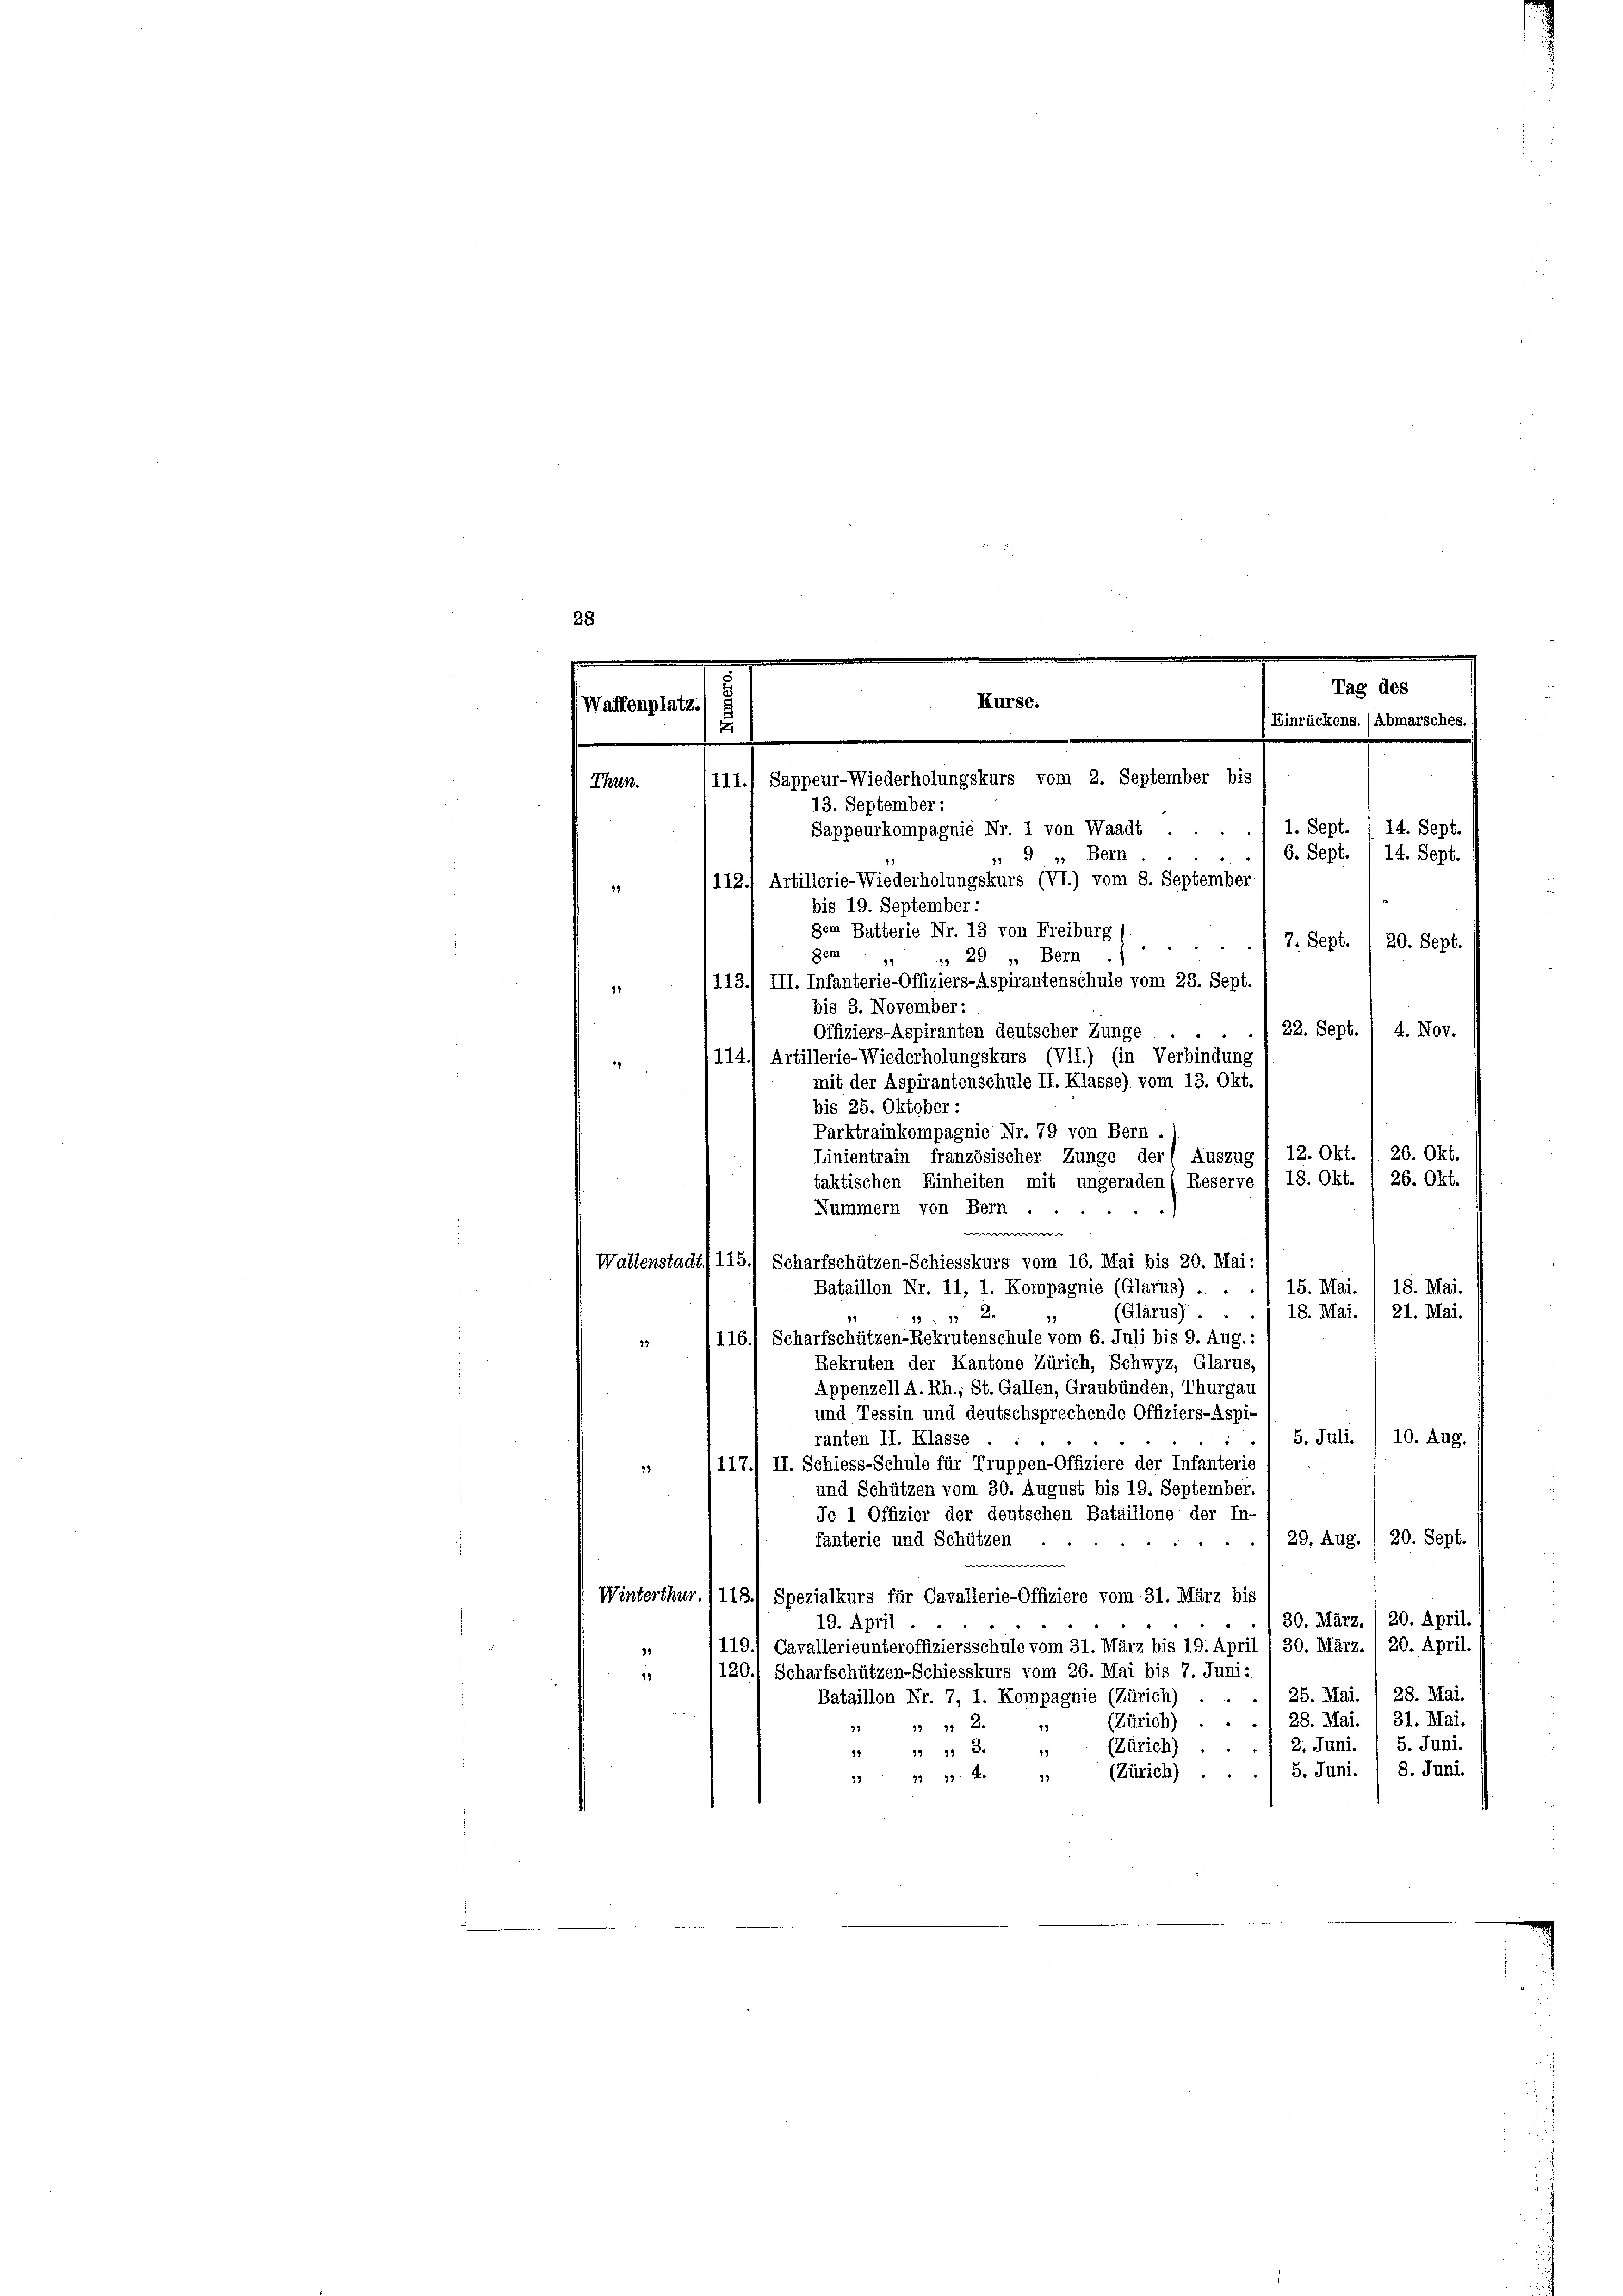
29
bis 19. September :
Dem
14
bis 3. November:

Kurse.
Waffenplatz.
u
.
111.) Sappeur-Wiederholungskurs vom 2. September bis
Thun.
13. September:
Sappeurkompagnie Nr. 1 von Waadt . .

gem. Batterie Nr. 13 von Freiburg (
* 29 », Bern .
113.) III. Infanterie-Offiziers-Aspirantenschule vom 23. Sept.
22. Sept. 1 4. Nov.
Offiziers-Aspiranten deutscher Zunge
.
114. Artillerie-Wiederholungskurs (VII.) (in Verbindung
19
mit der Aspirantenschule II. Klasse) vom 13. Okt.
bis 25. Oktober:
Parktrainkompagnie Nr. 79 von Bern .
26. Okt.
12. Okt.
Linientrain französischer Zunge der Auszug
26. Okt.
taktischen Einheiten mit ungeraden (Reserve I 18. Okt.
Nummern von Bern.
w
Wallenstadt) 115.) Scharfschützen-Schiesskurs vom 16. Mai bis 20. Mai:
18. Mai.
15. Mai.
Bataillon Nr. 11, 1. Kompagnie (Glarus) . .
(Glarus).
18. Mai. 1 21. Mai.
 2
1116.) Scharfschützen-Rekrutenschule vom 6. Juli bis 9. Aug.:
42
Rekruten der Kantone Zürich, Schwyz, Glarus,
Appenzell A.Rh., St. Gallen, Graubünden, Thurgau
und Tessin und deutschsprechende Offiziers-Aspi¬
5. Juli. / 10. Aug.
“
ranten II. Klasse
117., II. Schiess-Schule für Truppen-Offiziere der Infanterie
13
und Schützen vom 30. August bis 19. September.
Je 1 Offizier der deutschen Bataillone der In-
29. Aug. / 20. Sept.
fanterie und Schützen
e
Winterthur./ 118.) Spezialkurs für Cavallerie-Offiziere vom 31. März bis
30. März. / 20. April.
19. April
1119.) Cavallerieunteroffiziersschule vom 31. März bis 19. April / 30. März. / 20. April.
35
1120. Scharfschützen-Schiesskurs vom 26. Mai bis 7. Juni:
19
25. Mai. 1 28. Mai
Bataillon Nr. 7, 1. Kompagnie (Zürich) . .
28. Mai. / 31. Mai.
d
(Zürich)
 2
5. Juni.
2. Juni.
(Zürich) ..
9
1313.
5. Juni. / 8. Juni.
(Zürich) ..
18
23 11 11 4.

. 9. „ Bern.
112.) Artillerie-Wiederholungskurs (VI.) vom 8. September

Einrückens. (Abmarsches.)
1. Sept. 1 14. Sept.
6. Sept.
14. Sept.
7. Sept. 1 20. Sept.

Tag des